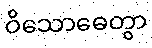
ဝိသောဓေတွာ